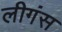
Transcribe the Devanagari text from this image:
लीगंस